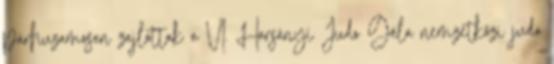
párhuzamosan zajlottak a VI. Harsányi Judo Gála nemzetközi judo